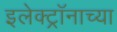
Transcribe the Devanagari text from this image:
इलेक्ट्रॉनाच्या